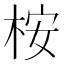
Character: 桉